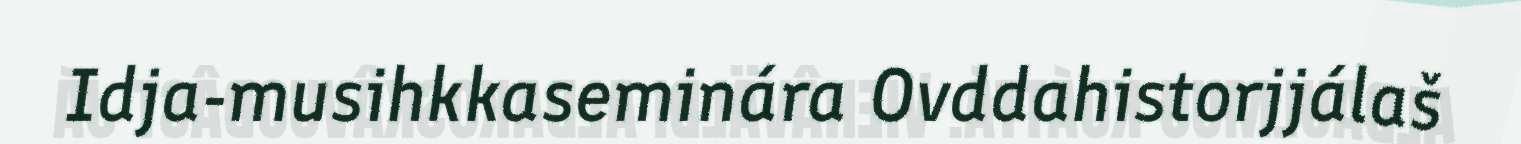
Idja-musihkkaseminára Ovddahistorjjálaš